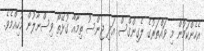
އެހެންކަމުން މި ވައްތަރުގެ ލެގިންގްސް އަދި ޖިންސު ތިމާއާ ގުޅޭތޯ ވިސްނާލުން މުހިއްމެވެ.